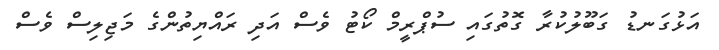
އަޅުގަނޑު ގަބޫލުކުރާ ގޮތުގައި ސުޕްރީމް ކޯޓު ވެސް އަދި ރައްޔިތުންގެ މަޖިލިސް ވެސް